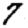
Digit: 7